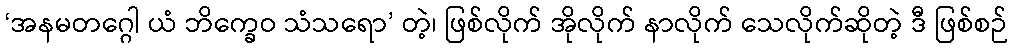
‘အနမတဂ္ဂေါ ယံ ဘိက္ခေဝ သံသရော’ တဲ့၊ ဖြစ်လိုက် အိုလိုက် နာလိုက် သေလိုက်ဆိုတဲ့ ဒီ ဖြစ်စဉ်